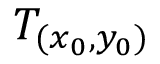
T _ { ( x _ { 0 } , y _ { 0 } ) }